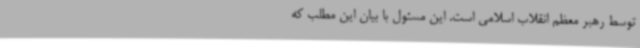
توسط رهبر معظم انقلاب اسلامی است‌. این مسئول با بیان این مطلب که